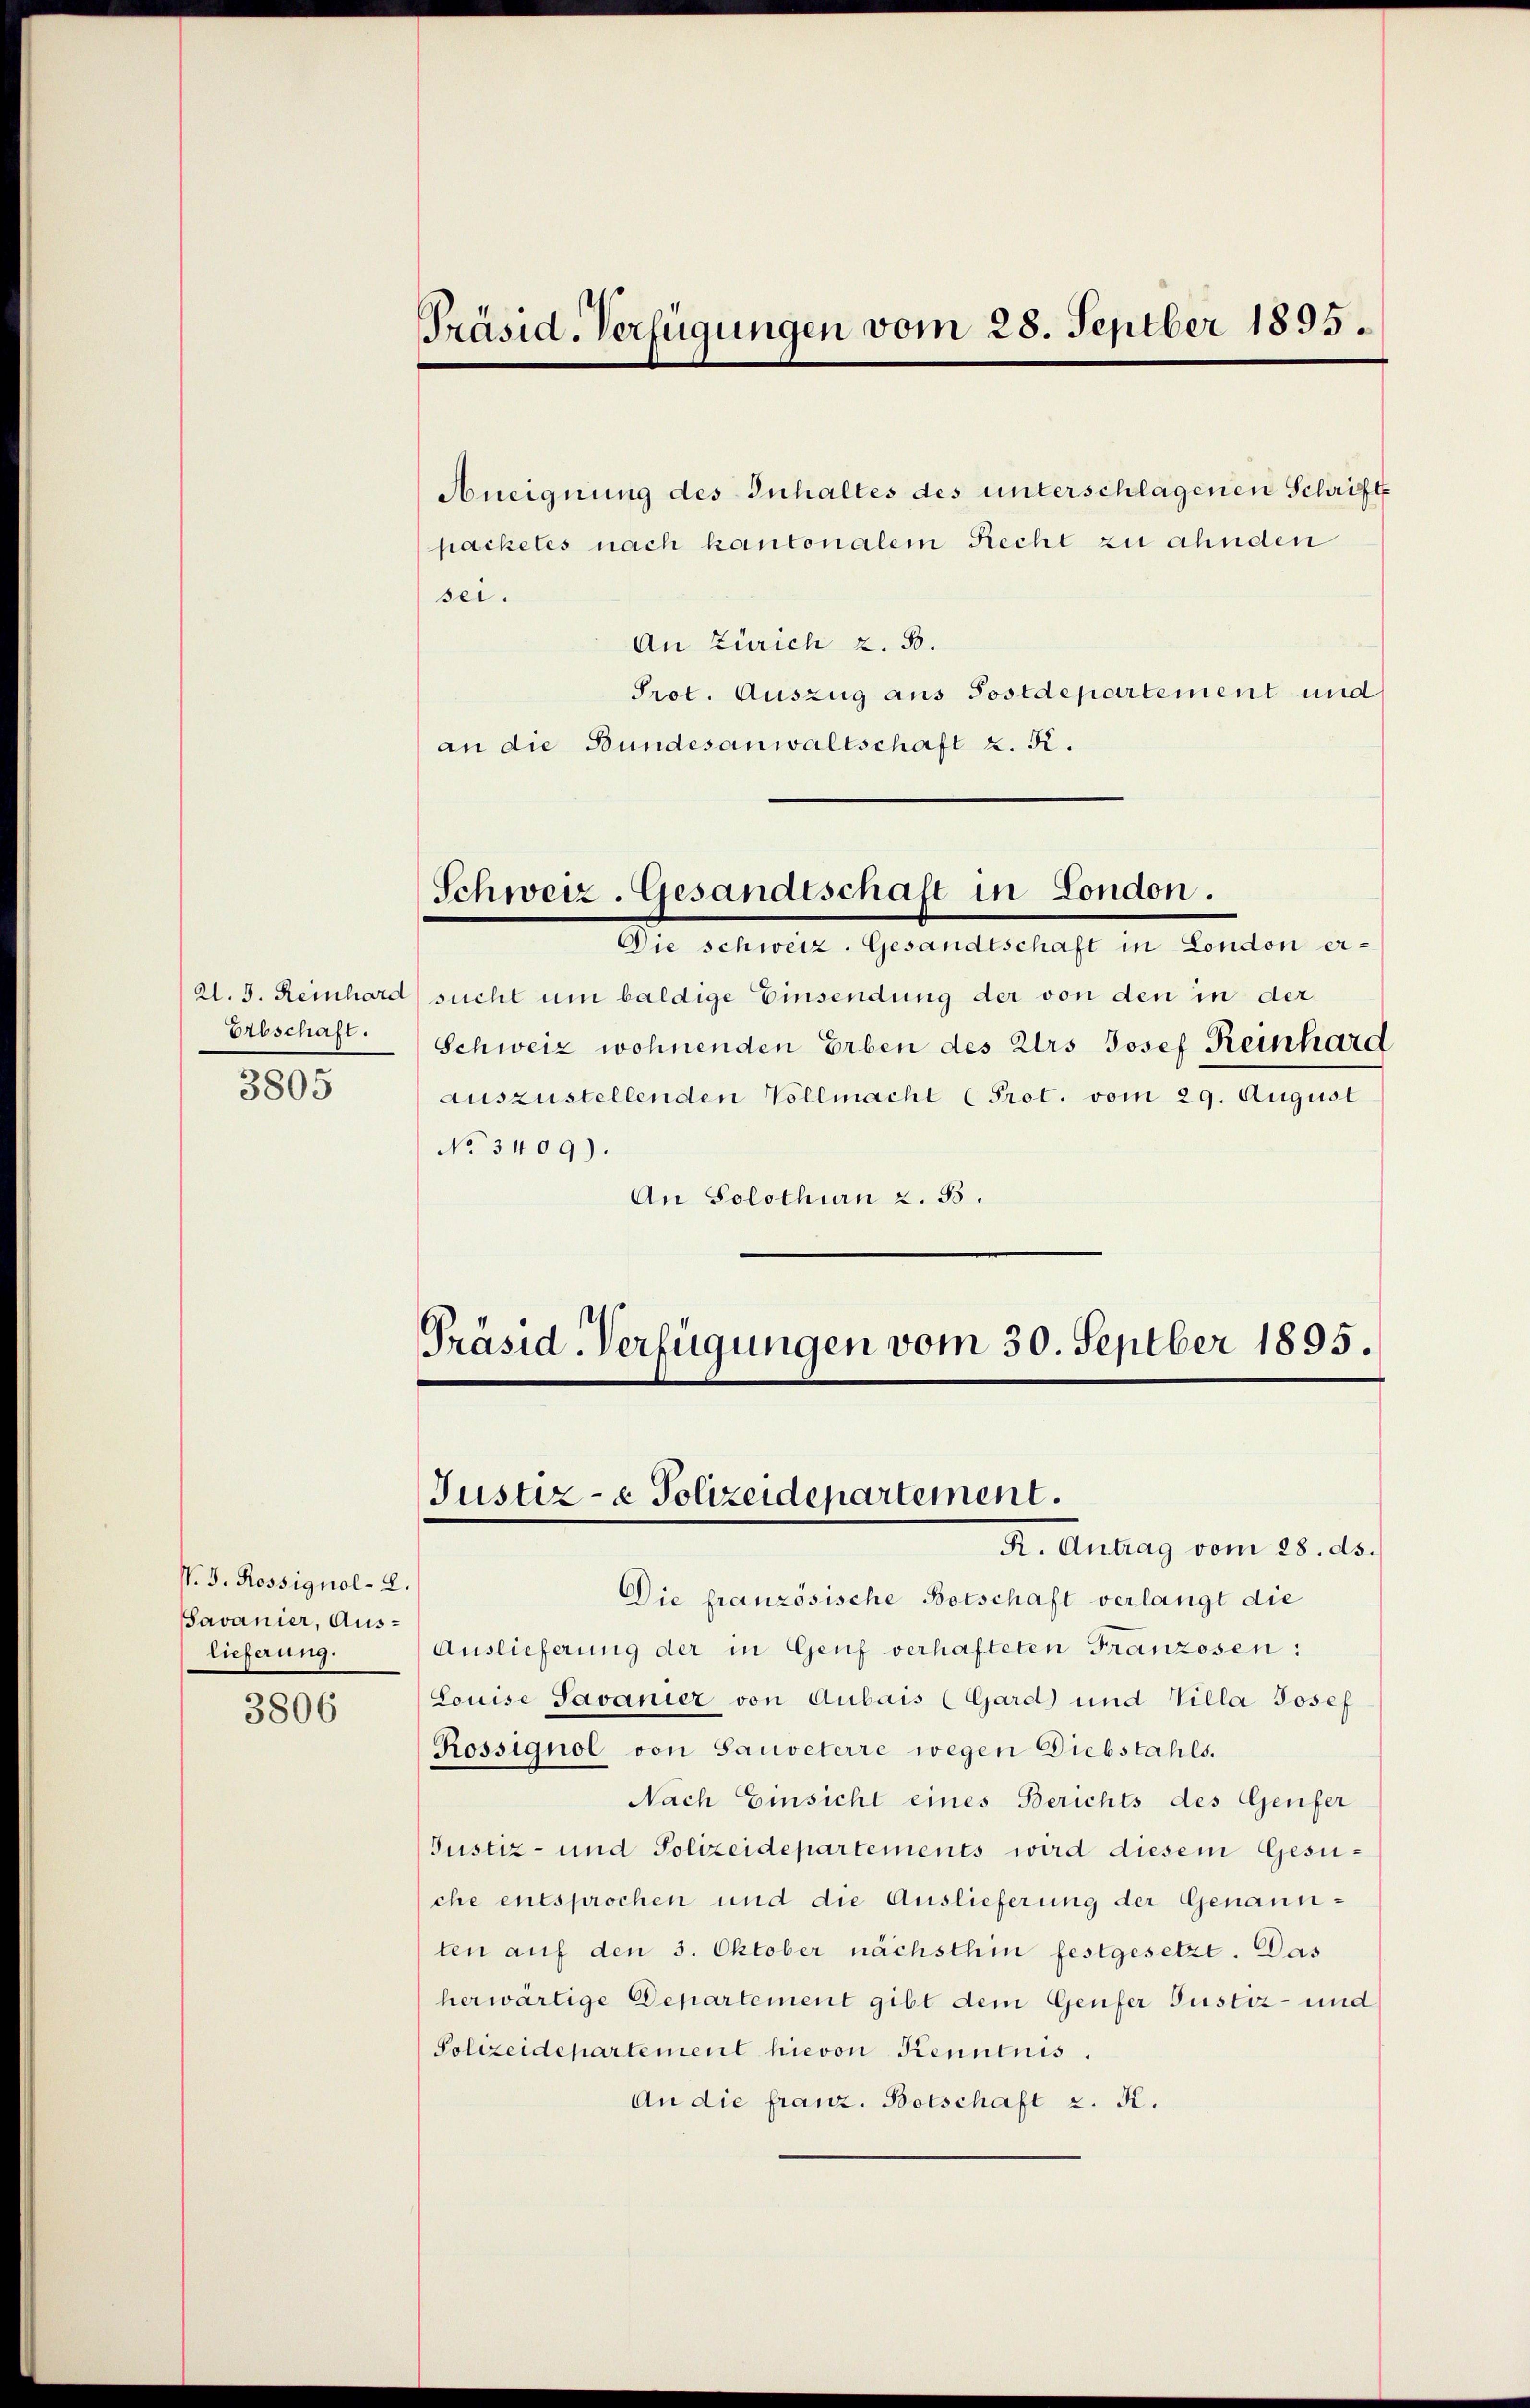
21. d. Reinhard
Erbschaft.

3805

V. B. Rossignol- 2.
Savanier, Auslieferung.

3806

Präsid-Verfügungen vom 28. Septber 1895.

Aneignung des Inhaltes des unterschlagenen Schriftpackeles nach kantonalem Recht zu ahnden
sei.
An Zürich z. B.
Prot. Auszug aus Postdepartement und
an die Bundesanwaltschaft z. B.
Schweiz. Gesandtschaft in London.
Die schweiz. Gesandtschaft in London ersucht um baldige Einsendung der von den in der
Schweiz wohnenden Erben des Urs Josef Reinhard
auszustellenden Vollmacht (Prot. vom 29. August
No 3409).
An Solothurn z. B.

Präsid-Verfügungen vom 30. Septber 1895.
Justiz- & Polizeidepartement.
R. Antrag vom 28. ds.

Die französische Botschaft verlangt die
Auslieferung der in Genf verhafteten Franzosen:
Louise Savanier von Aubais (Gard) und Villa Josef
Rossignol von Sauveterre wegen Diebstahls.
Nach Einsicht eines Berichts des Genfer
Justiz- und Polizeidepartements wird diesem Gesuche entsprochen und die Auslieferung der Genannten auf den 3. Oktober nächsthin festgesetzt. Das
herwärtige Departement gibt dem Genfer Justiz- und
Polizeidepartement hievon Kenntnis.
An die franz. Botschaft 2. K.